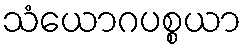
သံယောဂပစ္စယာ